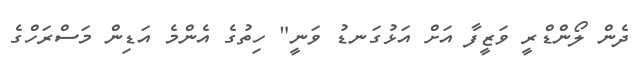
ދެން ލޯންޑްރީ ވަޒީފާ އަށް އަޅުގަނޑު ވަނީ" ހިތުގެ އެންމެ އަޑިން މަސްރަހްގެ